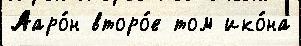
Ааро́н второ́е том ико́на